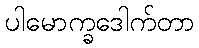
ပါမောက္ခဒေါက်တာ